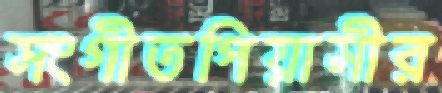
সংগীতপিয়াসীর